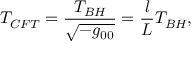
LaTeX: T _ { C F T } = \frac { T _ { B H } } { \sqrt { - g _ { 0 0 } } } = \frac { l } { L } T _ { B H } ,